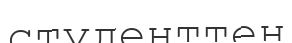
студенттен